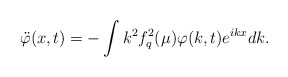
\begin{align*}\ddot \varphi (x,t)=-\int k^{2}f_{q}^{2}(\mu )\varphi (k,t)e^{ikx}dk.\end{align*}